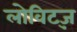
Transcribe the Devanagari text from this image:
लोविट्ज़